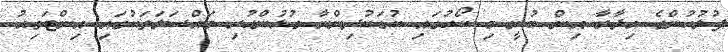
ފުލުހުންގެ އިދާރާ އިން ބުނީ މި ކޯހުގައި ކުޑަކުދިންނާ ގުޅުންހުރި މައްސަލަތަކުގައި އިންޓަވިއު